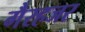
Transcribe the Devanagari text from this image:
गैरहजर